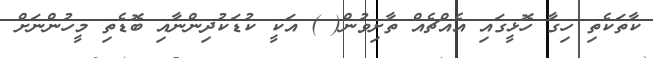
ކާތަކެތި ހިގާ ހޮޅީގައި އެއްޗެއް ތާށިވުން( ) އަކީ ކުޑަކުދިންނާއި ބޮޑެތި މީހުންނަށް